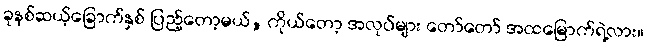
ခုနစ်ဆယ့်ခြောက်နှစ် ပြည့်တော့မယ်, ကိုယ်တော့ အလုပ်များ တော်တော် အထမြောက်ရဲ့လား။